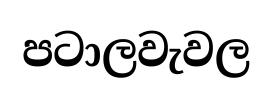
පටාලවැවල